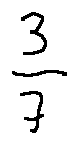
\frac { 3 } { 7 }